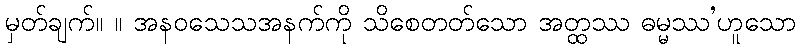
မှတ်ချက်။ ။ အနဝသေသအနက်ကို သိစေတတ်သော အတ္ထဿ ဓမ္မဿ’ဟူသော